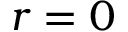
r = 0